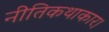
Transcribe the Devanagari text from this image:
नीतिकथाकार।